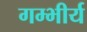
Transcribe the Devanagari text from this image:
गम्भीर्य